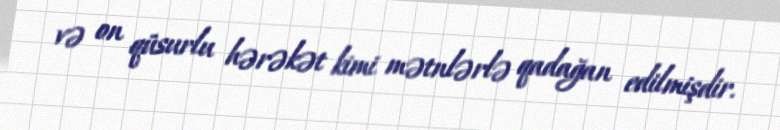
və on qüsurlu hərəkət kimi mətnlərlə qadağan edilmişdir.